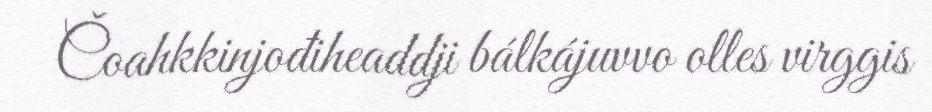
Čoahkkinjođiheaddji bálkájuvvo olles virggis